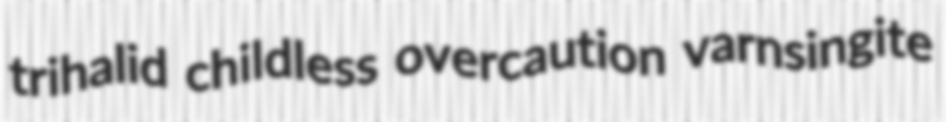
trihalid childless overcaution varnsingite